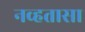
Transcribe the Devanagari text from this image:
नव्हतासा